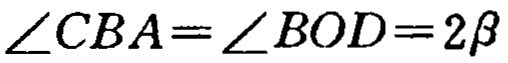
\(\angle CBA=\angle BOD = 2\beta\)